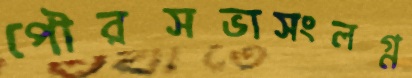
পৌরসভাসংলগ্ন